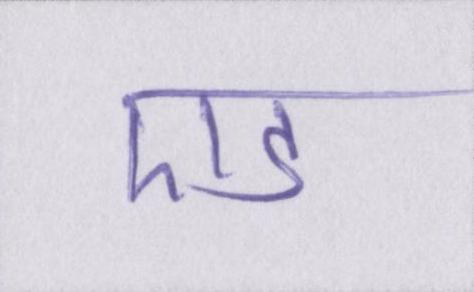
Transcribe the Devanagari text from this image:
एड